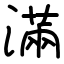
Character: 滿